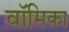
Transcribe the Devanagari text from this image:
वॉमिका